Trukikaitis_Postimees, lk 68
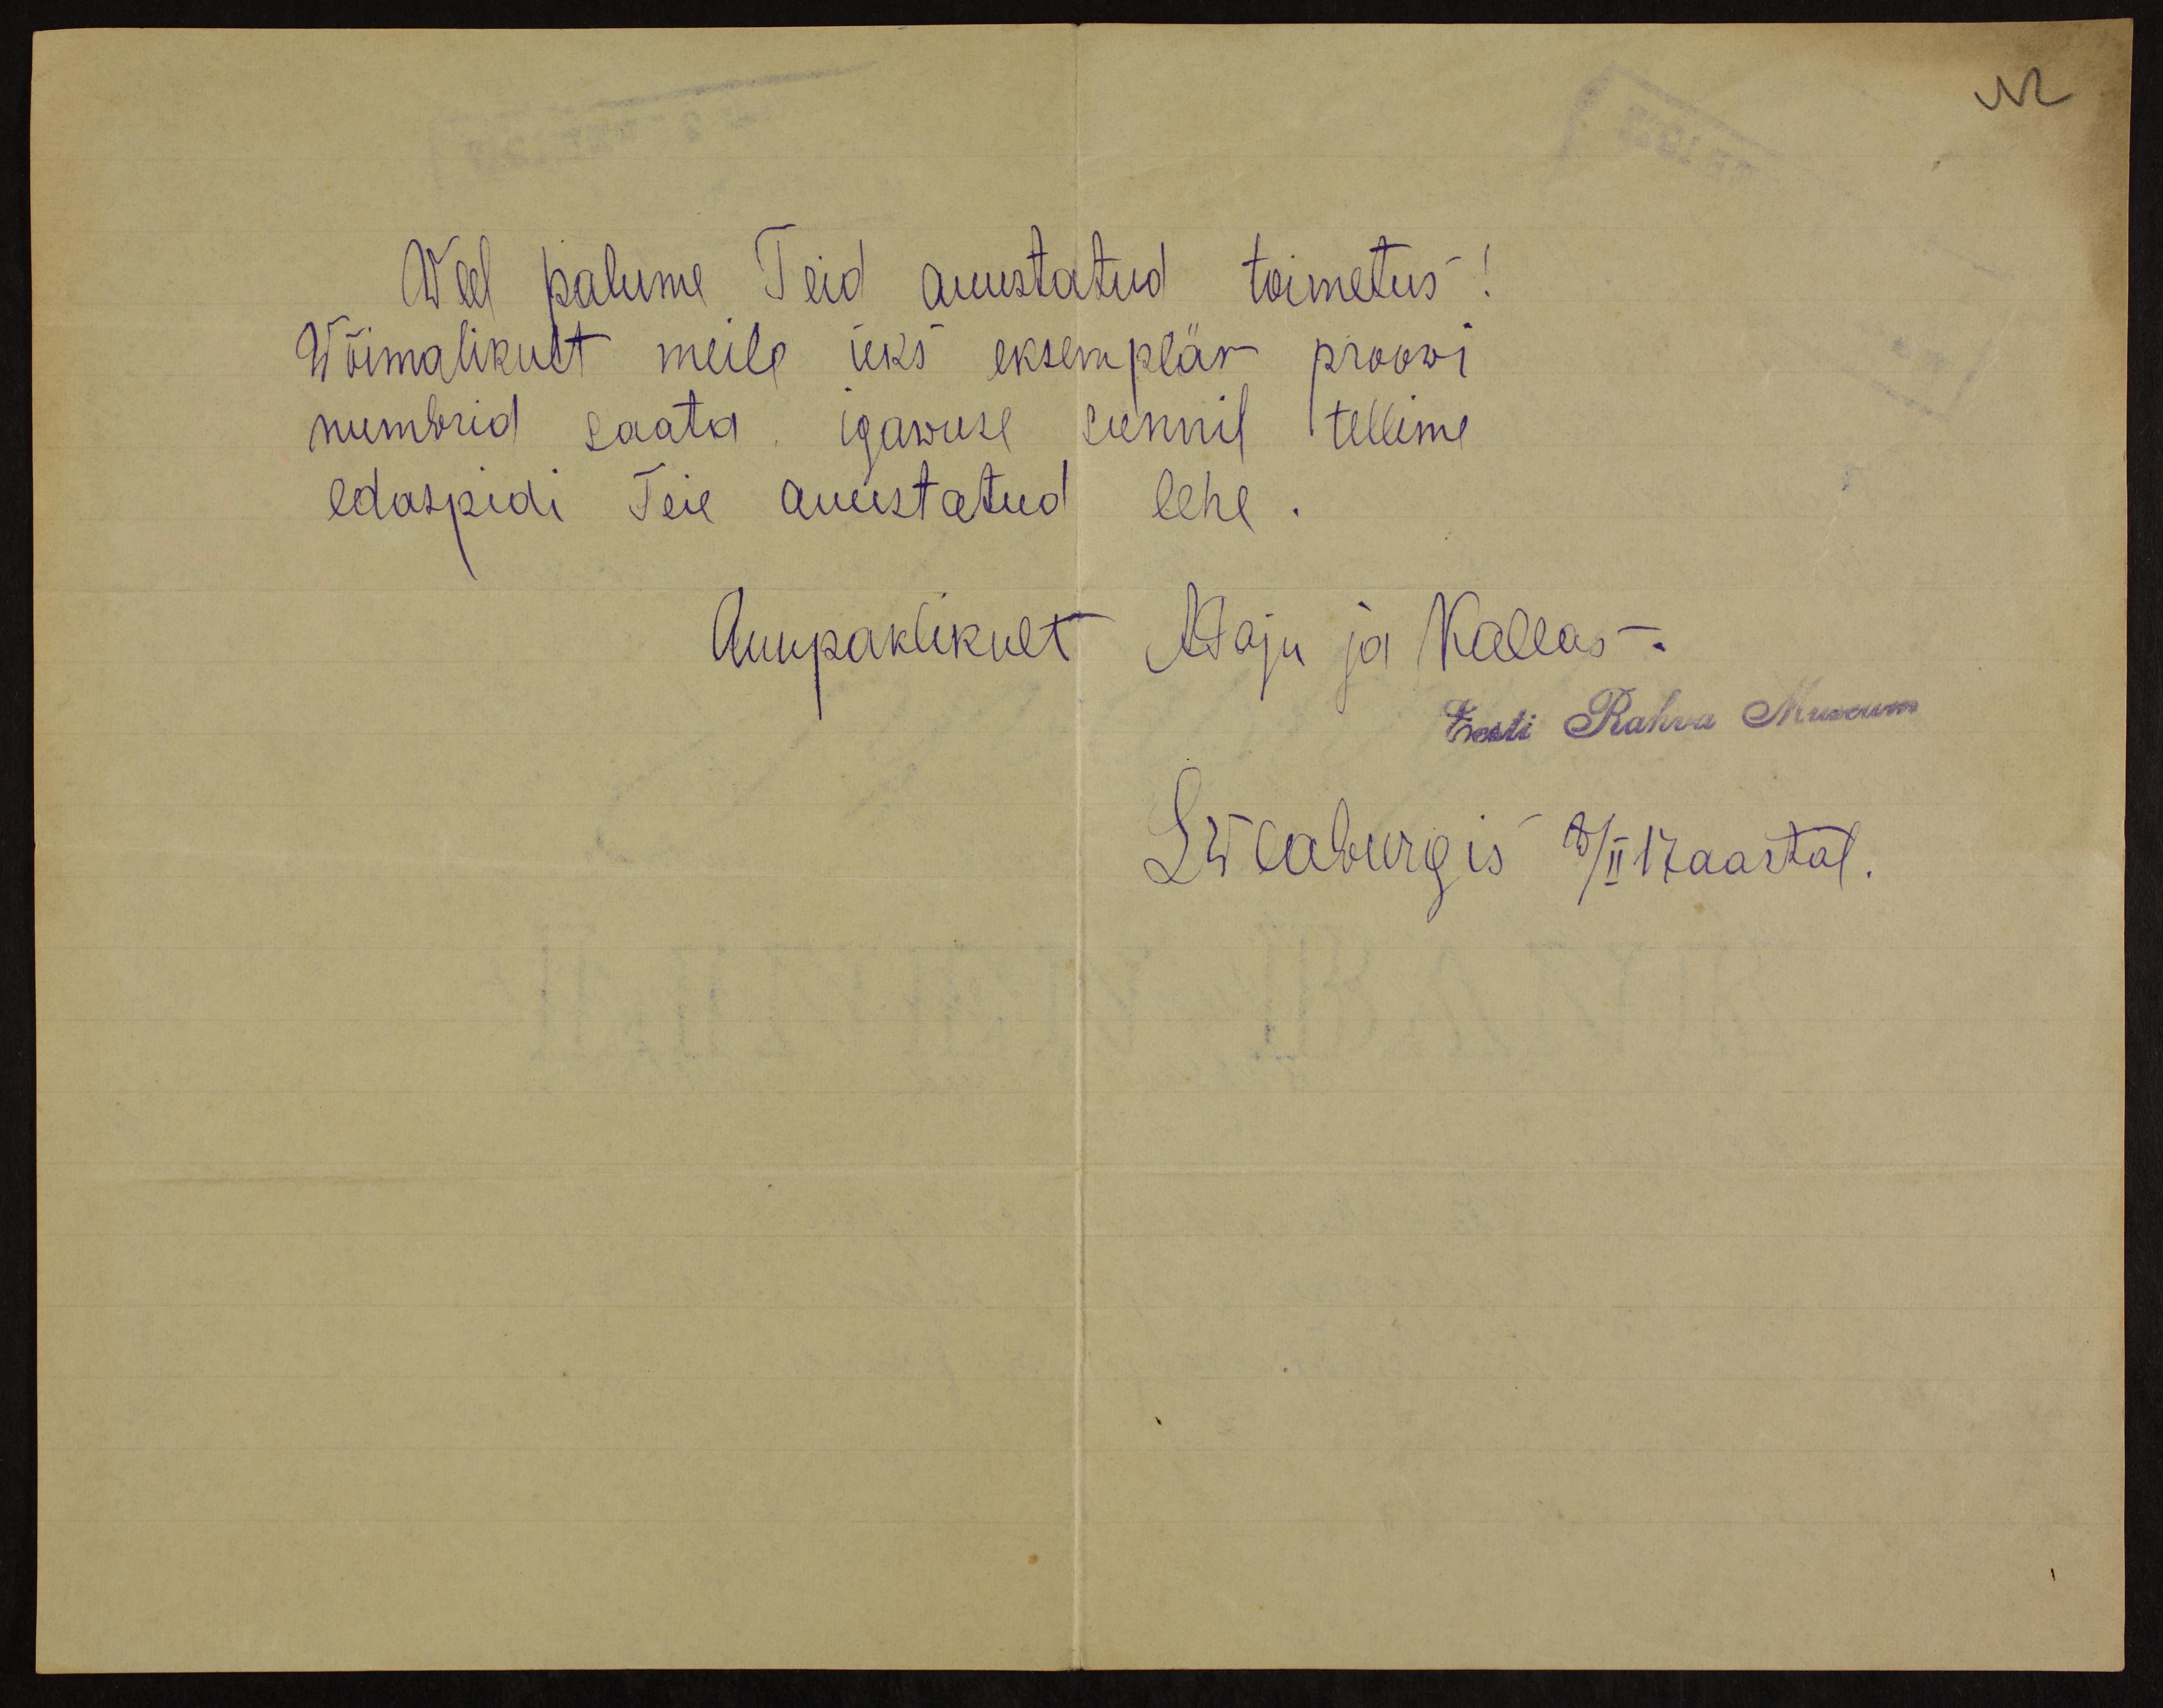
Weel palume Teid auustatud toimetus!
Wõimalikult meile üks eksemplär proovi
numbrid saata. igawuse sünnil tellime
edaspidi Teie auustatud lehe.
Auupaklikult Maju ja Kallas-
Eesti Rahva Museum
Swabergis 8/II 17 aastal.